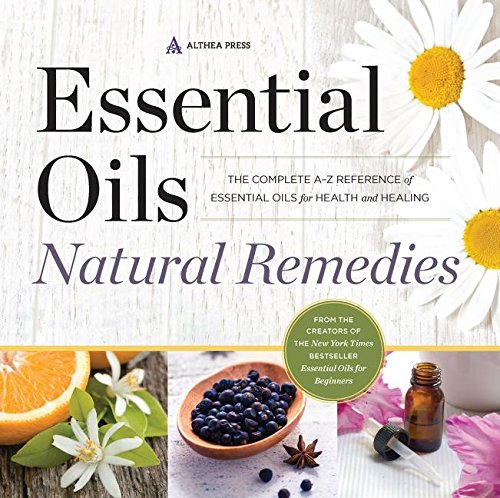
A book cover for Essential Oils Natural Remedies: The Complete A-Z Reference of Essential Oils for Health and Healing; Althea Press; Health, Fitness & Dieting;